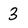
Character: 3